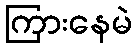
ကြားနေမဲ